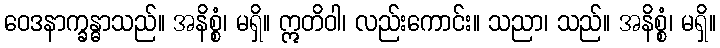
ဝေဒနာက္ခန္ဓာသည်။ အနိစ္စံ၊ မရှိ။ ဣတိဝါ၊ လည်းကောင်း။ သညာ၊ သည်။ အနိစ္စံ၊ မရှိ။